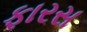
ફારસ